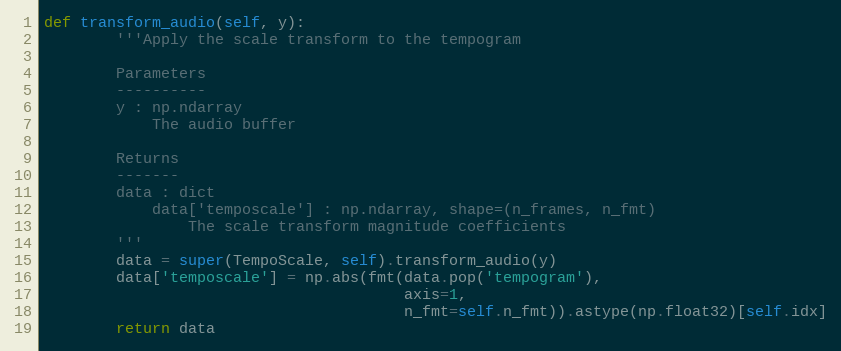
Language: Python
def transform_audio(self, y):
        '''Apply the scale transform to the tempogram

        Parameters
        ----------
        y : np.ndarray
            The audio buffer

        Returns
        -------
        data : dict
            data['temposcale'] : np.ndarray, shape=(n_frames, n_fmt)
                The scale transform magnitude coefficients
        '''
        data = super(TempoScale, self).transform_audio(y)
        data['temposcale'] = np.abs(fmt(data.pop('tempogram'),
                                        axis=1,
                                        n_fmt=self.n_fmt)).astype(np.float32)[self.idx]
        return data